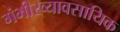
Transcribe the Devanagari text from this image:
गंभीरव्यावसायिक